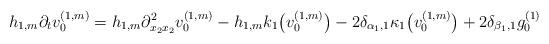
LaTeX: \begin{align*}h_{1,m} \partial_{t} v^{(1,m)}_0 =h_{1,m} \partial^2_{x_2 x_2} v^{(1,m)}_0 -h_{1,m} k_1\big(v^{(1,m)}_0\big) - 2 \delta_{\alpha_1,1} \kappa_1\big(v^{(1,m)}_0\big) + 2 \delta_{\beta_1,1} g^{(1)}_0\end{align*}